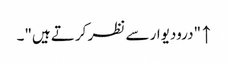
↑ "درودیوار سے نظر کرتے ہیں"۔